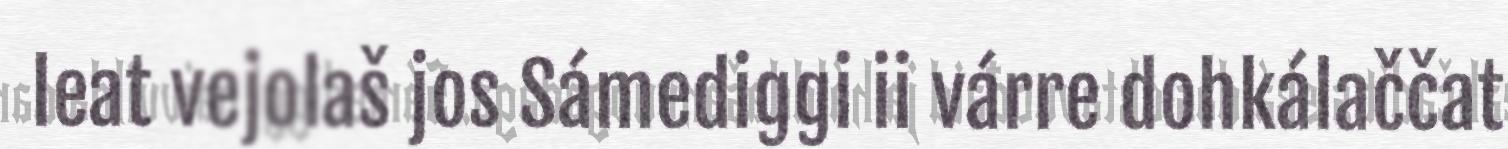
leat vejolaš jos Sámediggi ii várre dohkálaččat